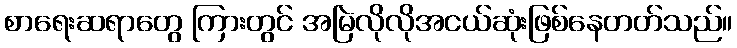
စာရေးဆရာတွေ ကြားတွင် အမြဲလိုလိုအငယ်ဆုံးဖြစ်နေတတ်သည်။